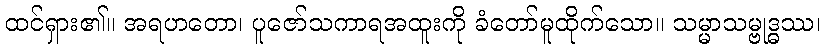
ထင်ရှား၏။ အရဟတော၊ ပူဇော်သကာရအထူးကို ခံတော်မူထိုက်သော။ သမ္မာသမ္ဗုဒ္ဓဿ၊